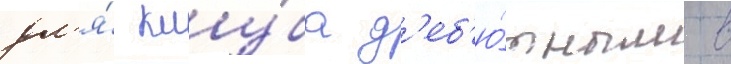
дл'я́ клу́ба д'еб'ю́тным в